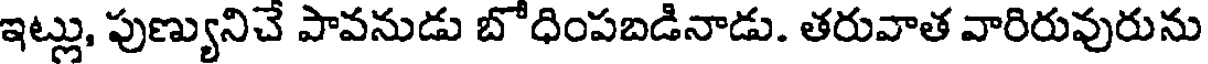
ఇట్లు, పుణ్యునిచే పావనుడు బోధింపబడినాడు. తరువాత వారిరువురును